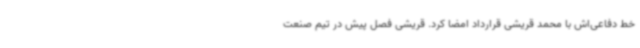
خط دفاعی‌اش با محمد قریشی قرارداد امضا کرد. قریشی فصل پیش در تیم صنعت